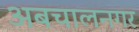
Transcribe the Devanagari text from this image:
अबचालनगर